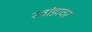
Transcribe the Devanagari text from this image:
रवांडावर